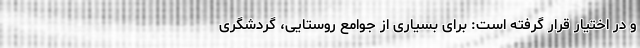
و در اختیار قرار گرفته است: برای بسیاری از جوامع روستایی، گردشگری